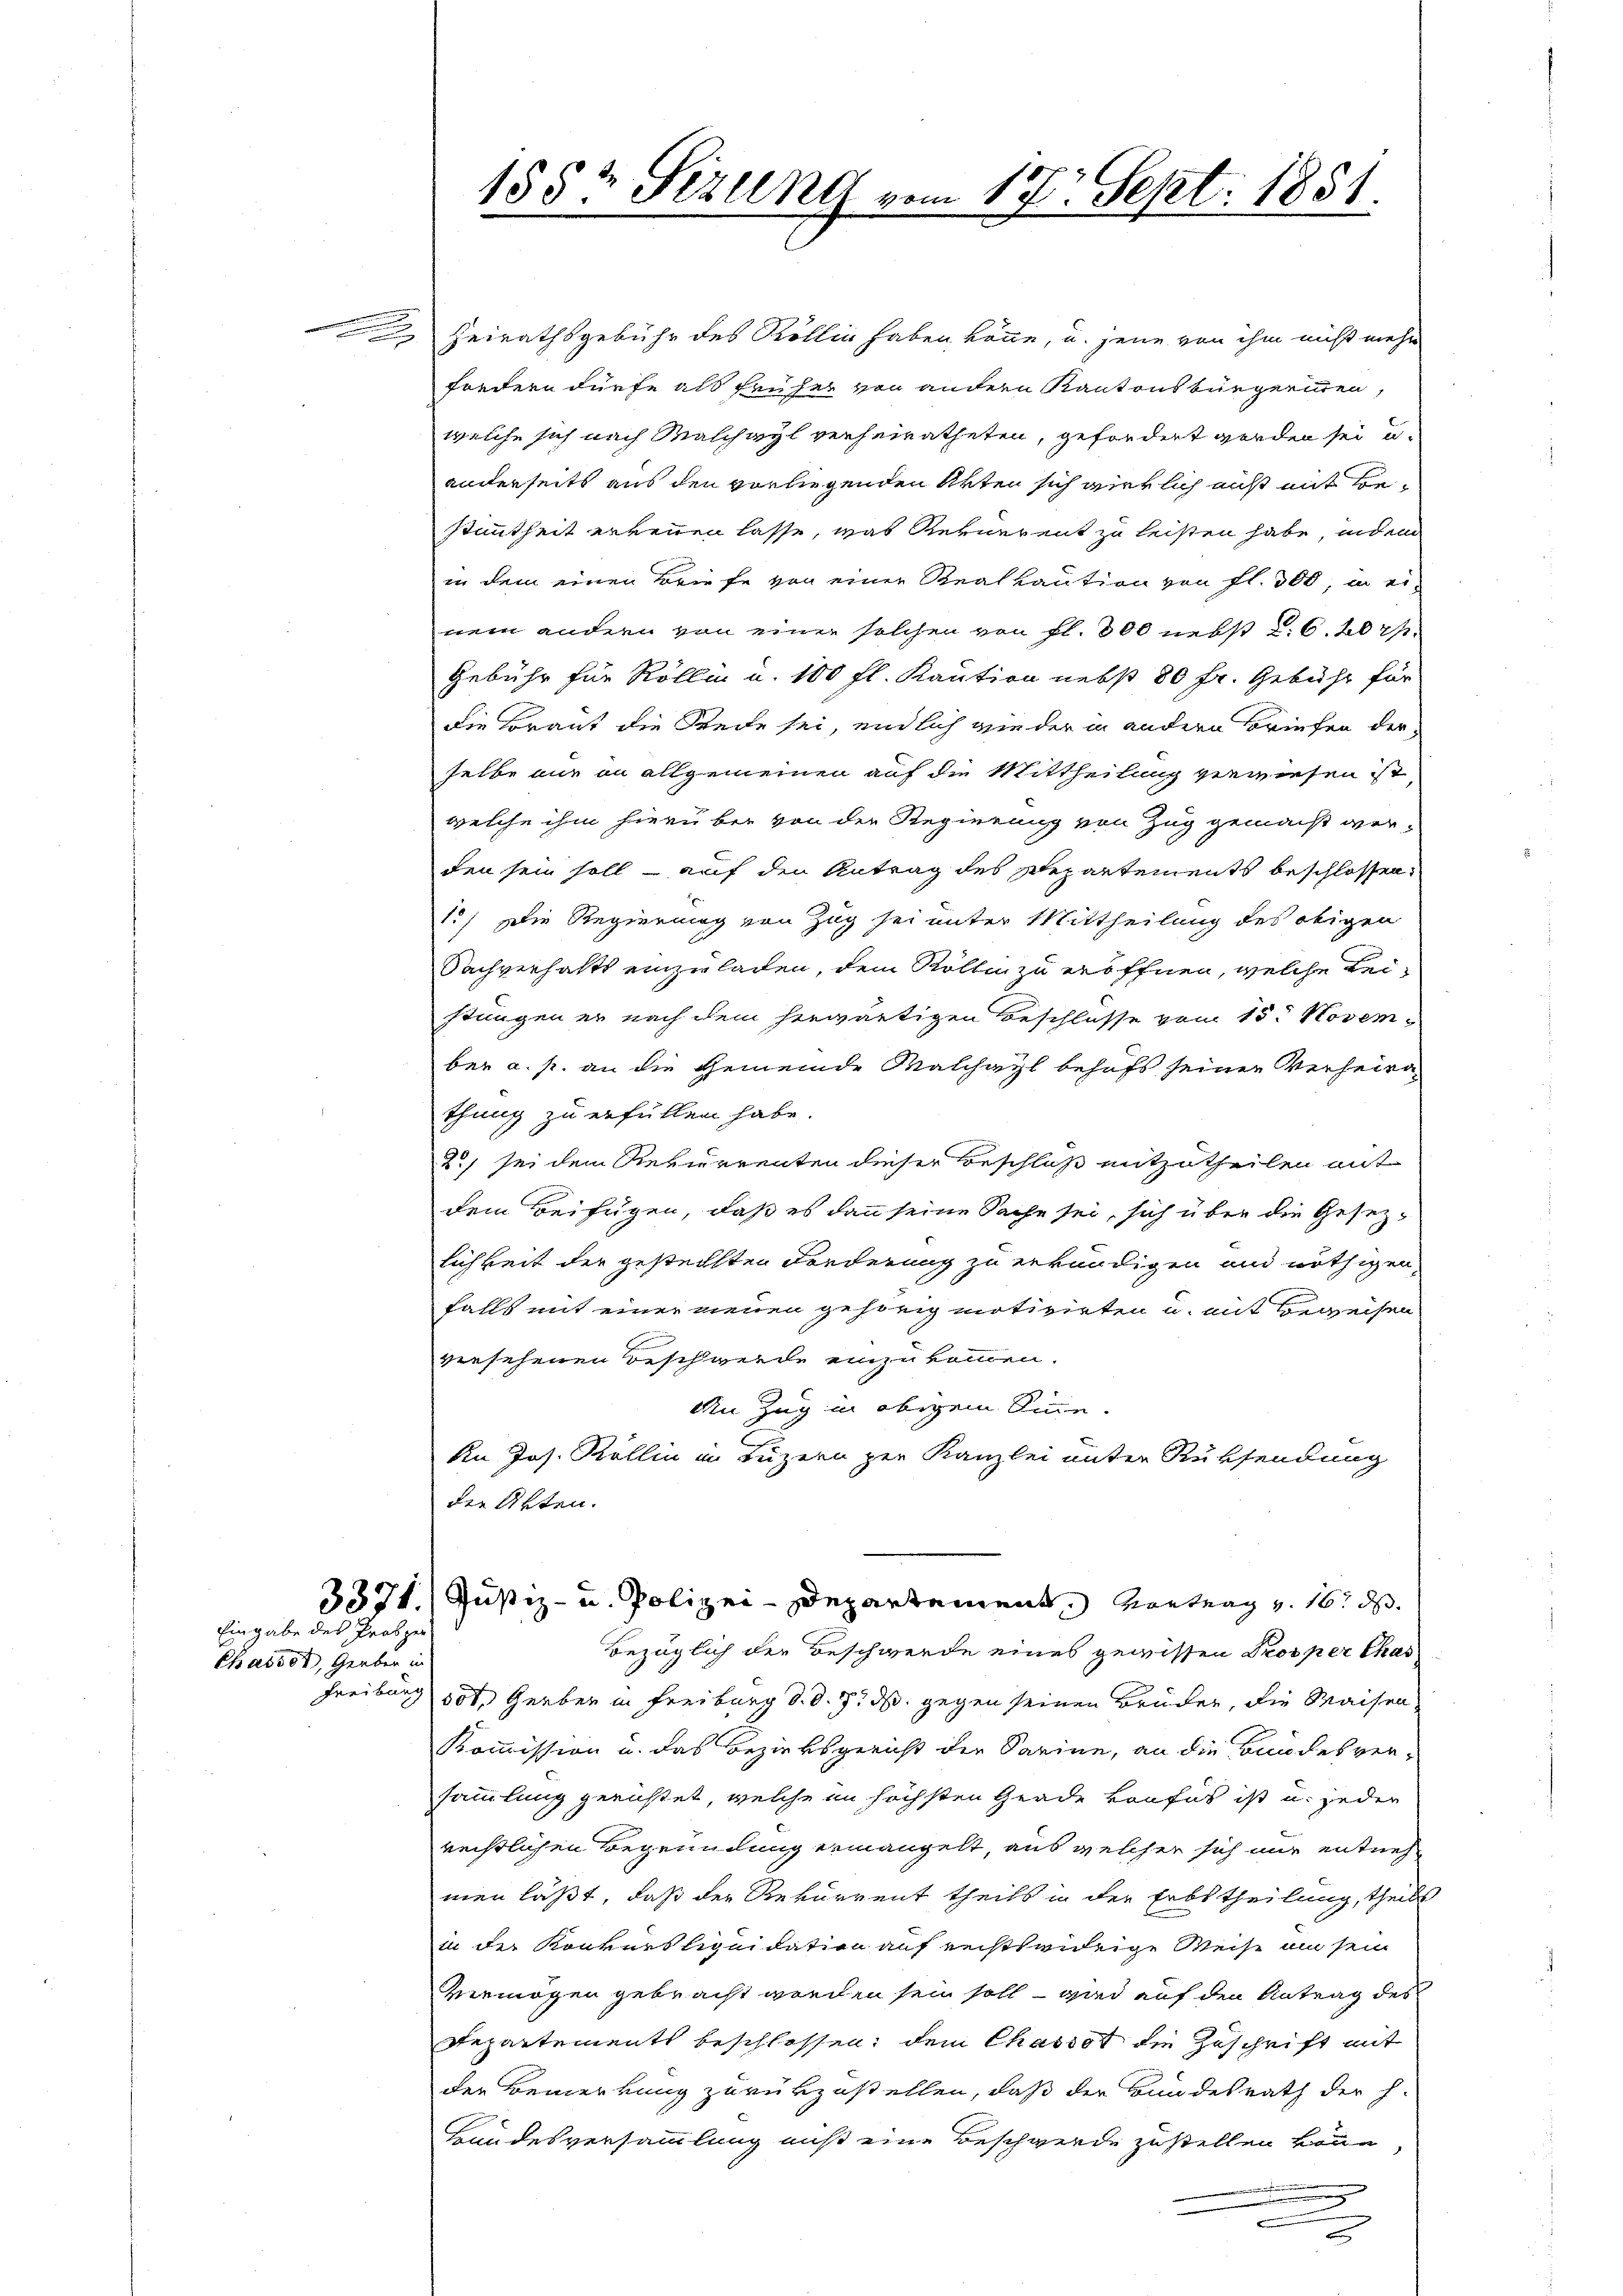
Eingabe des Proszei

Chaiser, Gerber in

Heirathsgebühr des Röllin haben könne, u. jene von ihm nicht mehr
fondern dürfe als früher von andern Kantonsbürgerien,
welche sich nach Malchwyl verheiratheten, gefordert worden sei u.
anderseits aus den vorliegenden Akten sich wirklich aus mit Bestimmtheit erkennen lasse, was Rernerent zu leisten habe, indem
in dem einen Briefe von einer Realkaution von fl. 300, in ei-
nem andern von einer solchen von fl. 800 nebst d. 6. 207
Gebühr für Röllin u. 100 fl. Kaution nebst 80 fr. Gebühr für
die Braut die Seite sei, endlich wie der in andern Briefen der
selbe nur an allgemeinen auf die Mittheilung verwiesen ist,
welche ihm hierüber von der Regierung von Zug gemacht verden sein soll - auf den Antrag des Departements beschlossen:
1.) Die Regierung von Zug sei unter Mittheilung des obigen
Sachverhalts einzuladen, dem Röllin zu eröffnen, welche beistungen er nach dem herwärtigen Beschlüsse vom 15. November a. p. an die Gemeinde Malchayl behufs seinen Verheirathung zu erfüllen habe.
2) sei dem Rekurrenten dieser Beschloß mitzutheilen mit
dem Beifügen, daß es dann seine Sache sei, sich über die Gesezlichkeit der gestellten Forderung zu erkundigen und nöthigen
falls mit einer neuen gehörig motivirten u. mit Beweisen
versehenen Beschwerde einzukommen.
An Zug in obigem Sinne.
An Jos. Köllin in Luzern zur Kanzlei unter Rücksendung
die Akten.
3371.) Justiz- u. Polizei-Departement. Kontrag v. 16. d.
Bezüglich der Beschwerde eines gewissen Prosper Chas
Freiburg 100 Gerber in Freiburg d. d. 7. ds. gegen seinen Brüder, die Waisen
Kommission u. das Bezirksgericht der Sarine, an die Bandesversammlung gerichtet, welche in höchsten Gnade konfus ist u. jeder
rechtlichen Begründung ermangelt, aus welcher sich nur entnehmen läßt, daß der Rekurrent theils in der Erbstheilung, theils
in der Konkurs liquidation auf rechtswidrige Weise an sein
Vermögen gebracht werden sein soll – wird auf den Antrag des
Repartements beschlossen, dem Chasst die Zuschrift mit
der Bemerkung zurükzustellen, daß der Bundesrath der h.
Bandesversammlung aus eine Beschwerde zustellen könne,
e
.

155½ Sizung vom 17. Sept. 1851.